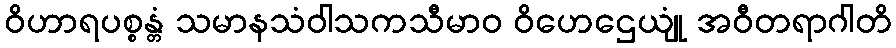
ဝိဟာရပစ္စန္တံ သမာနသံဝါသကသီမာဝ ဝိဟေဌေယျုံ အဝီတရာဂါတိ